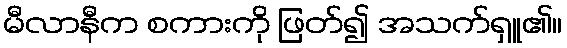
မီလာနီက စကားကို ဖြတ်၍ အသက်ရှူ၏။